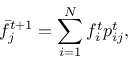
\bar { f } _ { j } ^ { t + 1 } = \sum _ { i = 1 } ^ { N } f _ { i } ^ { t } { p } _ { i j } ^ { t } ,